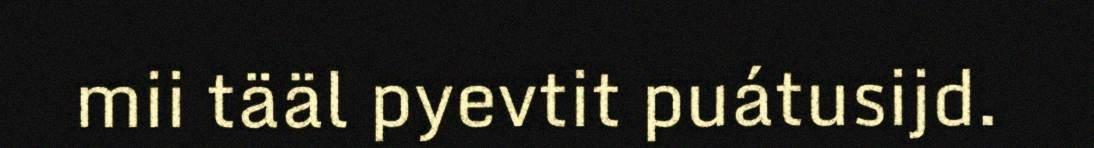
mii tääl pyevtit puátusijd.